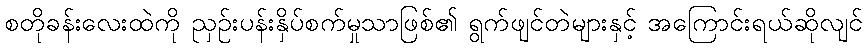
စတိုခန်းလေးထဲကို ညှဉ်းပန်းနှိပ်စက်မှုသာဖြစ်၏ ရွက်ဖျင်တဲများနှင့် အကြောင်းရယ်ဆိုလျင်